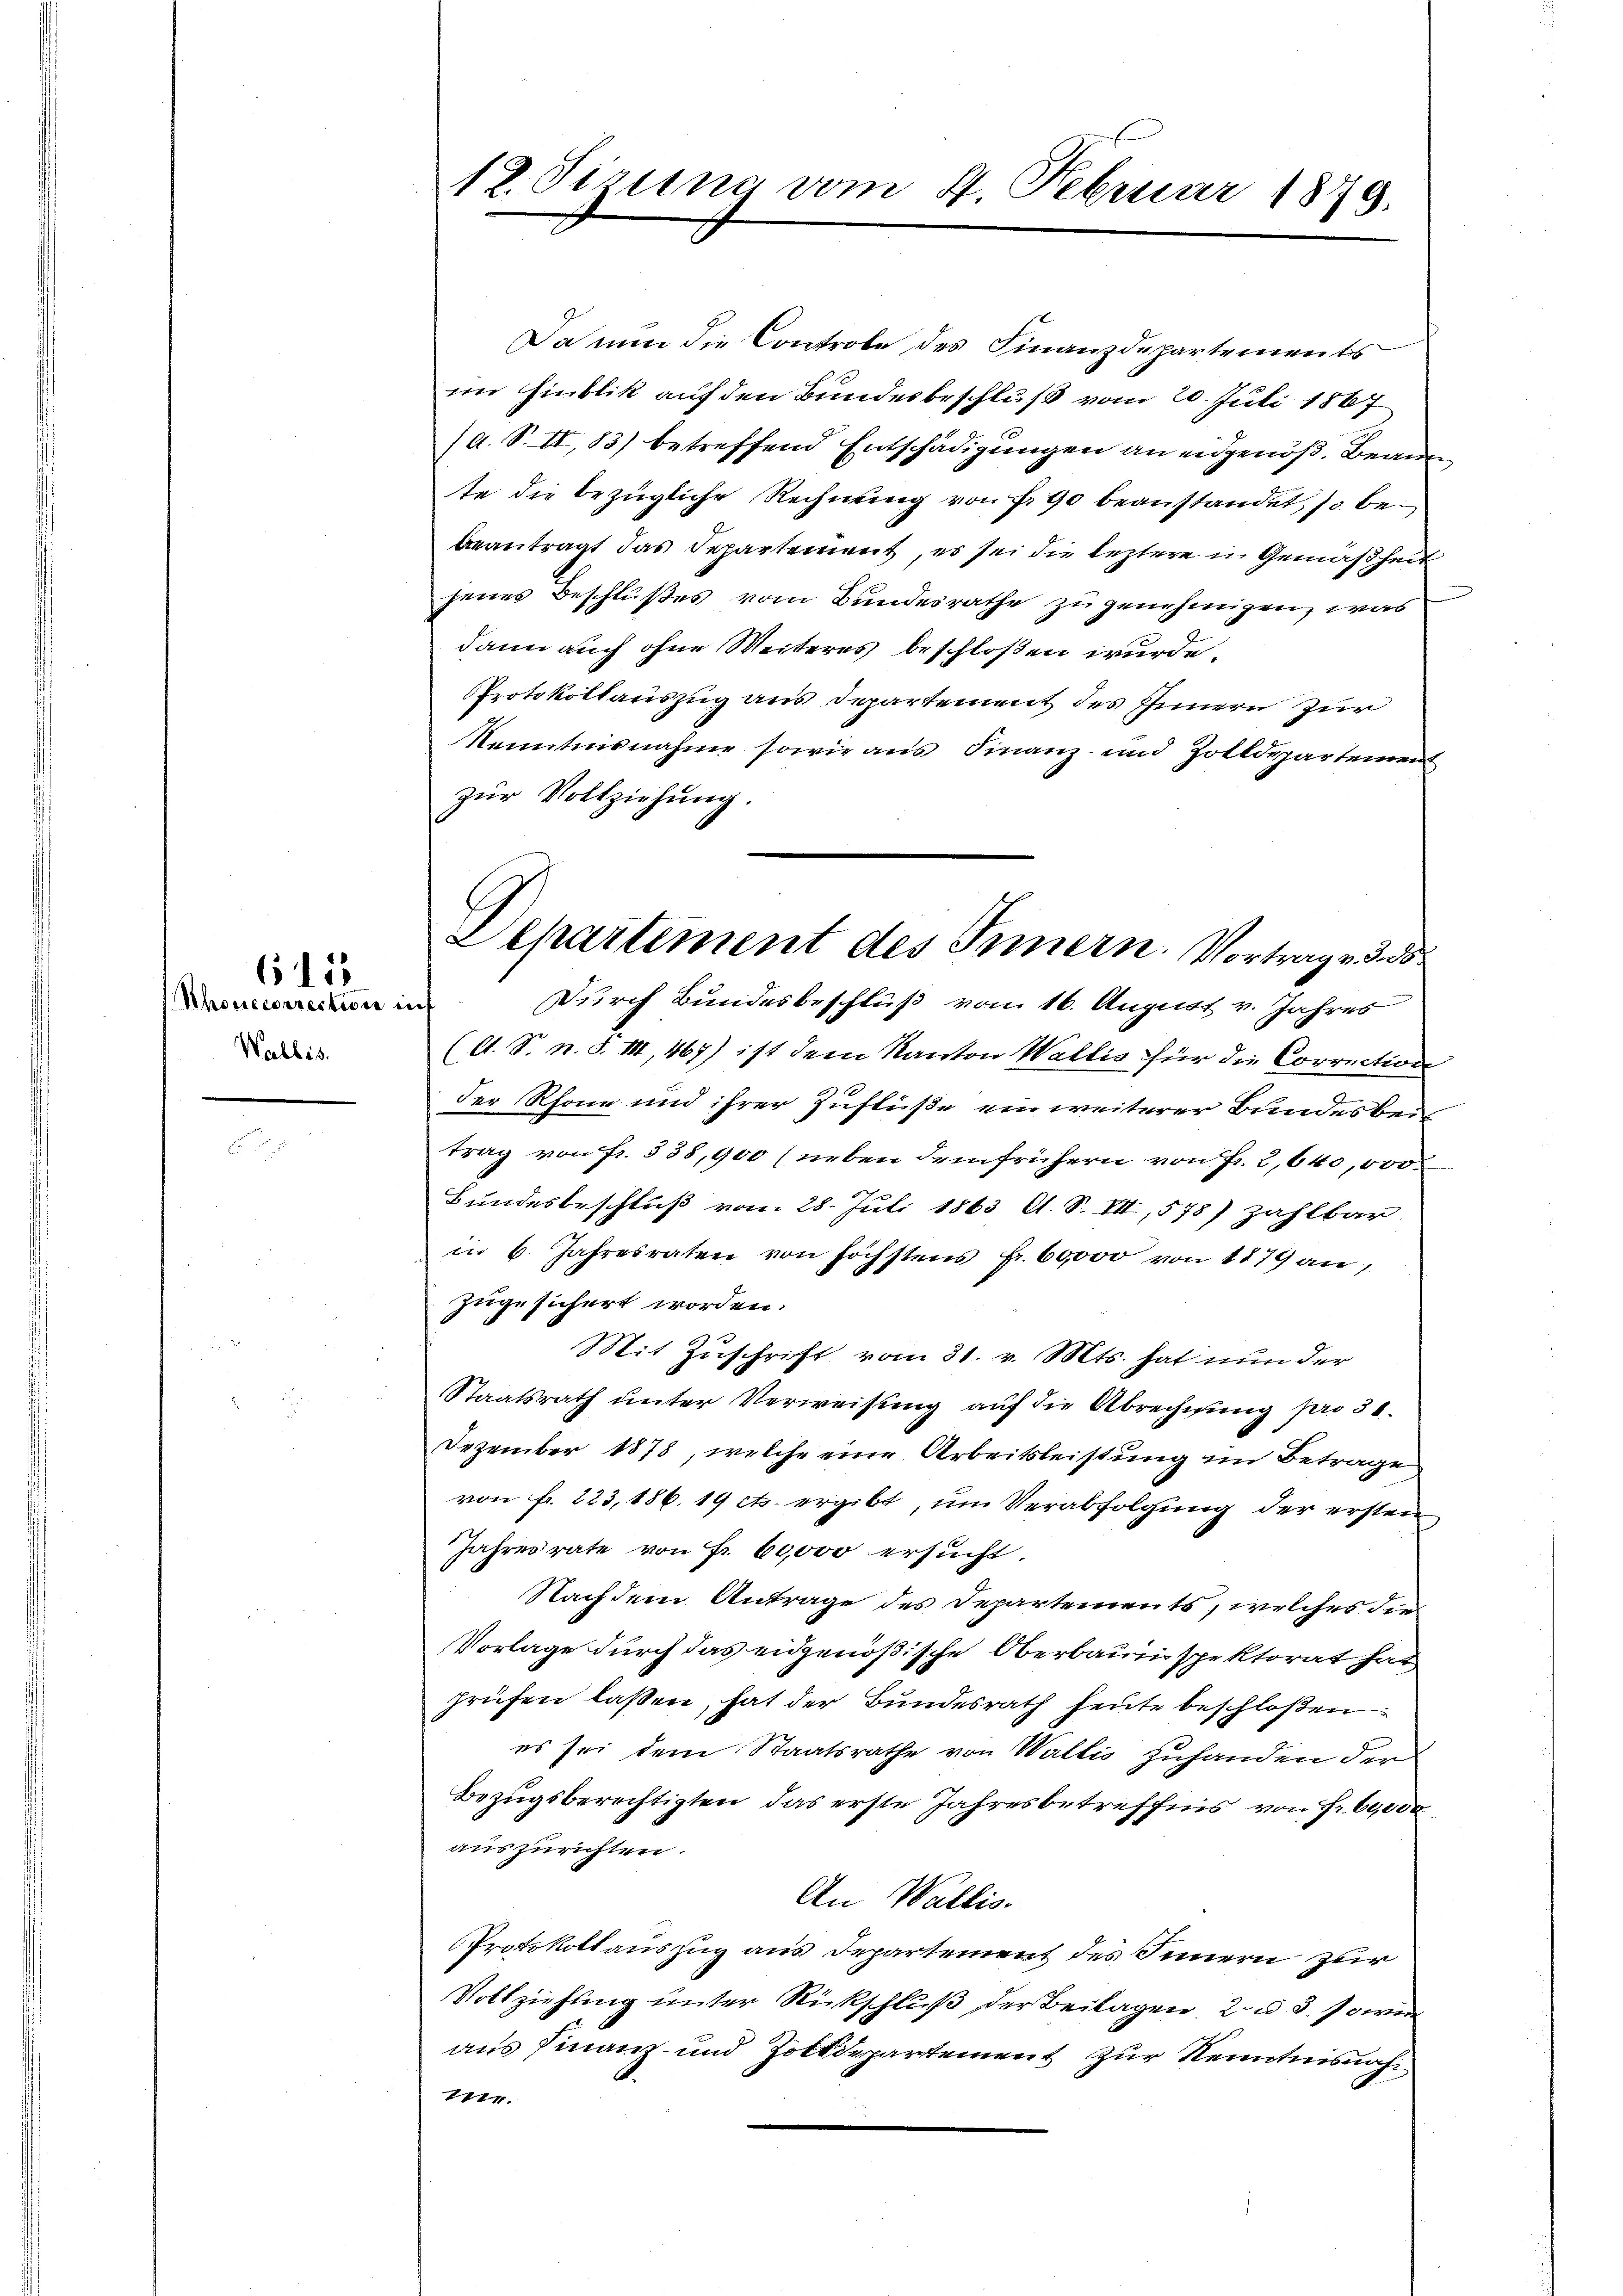
Rhonecorrection in
Wallis.

615

12. Sizine vom 4. Februar 1879.

Departement des Innern. Vortrag v. 3. ds

Da nun die Controle des Finanzdepartements
im Hinblik auf den Bundesbeschluß vom 20. Juli 1867
/A. S. II,83) betreffend Entschädigungen an eidgenöß. Bean
te die bezügliche Rechnung von fr. 90 beanstandet, so bebeantragt das Departement, es sei die leztere in Gemäßheit
jenes Beschlußes vom Bundesrathe zu genehmigen, was
dann auch ohne Weiteres beschloßen wurde.
Protokollauszug aus Departement des Innern zur
Kenntnisnahme sowie aus Finanz- und Zolldepartement
zŭr Vollziehung.
Durch Bundesbeschluß von 16. August v. Jahres
(A. S. n. F. III, 467) ist dem Kanton Wallis für die Correction
der Rhone und ihrer Zufluße ein weiterer Bundesbeitrag von Fr. 338, 900 (neben dem frühern von Fr. 2,640,000
Bundesbeschluß vom 28. Juli 1863 l. S. VII, 578) zahlbar
in 6. Jahresraten von höchstens Fr. 60,000 von 1879 an,
zugesichert worden:
Mit Zuschrift vom 31. v. Mts. hat nun der
Staatsrath unter Verweisung auf die Abrechnung pro 30.
Dezember 1878, welche eine Arbeitsleistung im Betrage
von fr. 223, 186. 19 cts. ergibt, um Verabfolgung der ersten
Jahresrate von Fr. 60,000 ersucht.
Nachdem Antrage des Departements, welches die
Vorlage durch das eidgenößische Oberbauinspektorat hat
prüfen laßen, hat der Bundesrath heute beschloßen
es sei dem Staatsrathe von Wallis zuhanden der
Bezugsberechtigten, das erste Jahresbetreffnis von Fr. 60,000
auszurichten.
An Wallis.
Protokoll auszug aus Departement des Innern zur
Vollziehung unter Rückschluß der Beilagen, 2 u 3. sowei
aus Finanz- und Zolldepartement zur Kenntnisnah¬
7ter.